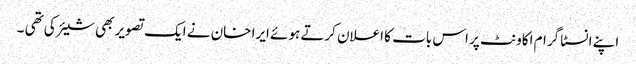
اپنے انسٹا گرام اکاونٹ پر اس بات کا اعلان کرتے ہوئے ایرا خان نے ایک تصویر بھی شیئر کی تھی ۔